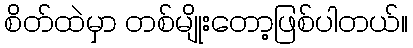
စိတ်ထဲမှာ တစ်မျိုးတော့ဖြစ်ပါတယ်။